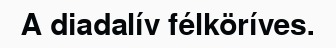
A diadalív félköríves.